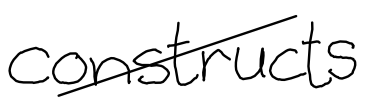
Text: constructs
Cross-out: diagonal
Writing tool: digital_black